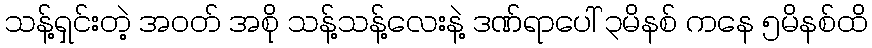
သန့်ရှင်းတဲ့ အဝတ် အစို သန့်သန့်လေးနဲ့ ဒဏ်ရာပေါ် ၃မိနစ် ကနေ ၅မိနစ်ထိ